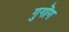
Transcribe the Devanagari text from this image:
गुगोंग